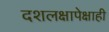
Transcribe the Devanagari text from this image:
दशलक्षापेक्षाही